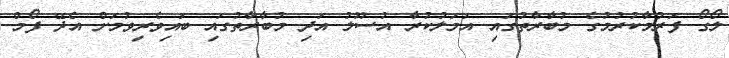
ލޯގޯ ފަރުމާކުުރުމުގެ މުބާރާތުގައި އަމަލުކުރާ އުސޫލު އަދި މުބާރާތުގައި ބައިވެރިވުމަށް އެދޭ ފޯމް